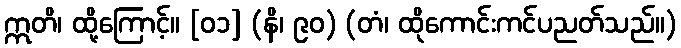
ဣတိ၊ ထို့ကြောင့်။ [၀၁] (နိ၊ ၉၀) (တံ၊ ထိုကောင်းကင်ပညတ်သည်။)